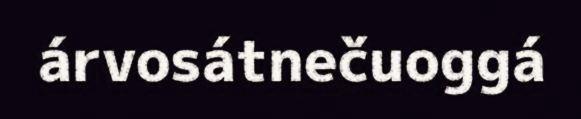
árvosátnečuoggá